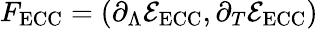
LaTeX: F_{\mathrm{ECC}}=(\partial_{\Lambda}\mathcal E_{\mathrm{ECC}},\partial_{T}\mathcal E_{\mathrm{ECC}})